Ridala_vallavalitsus, lk 8
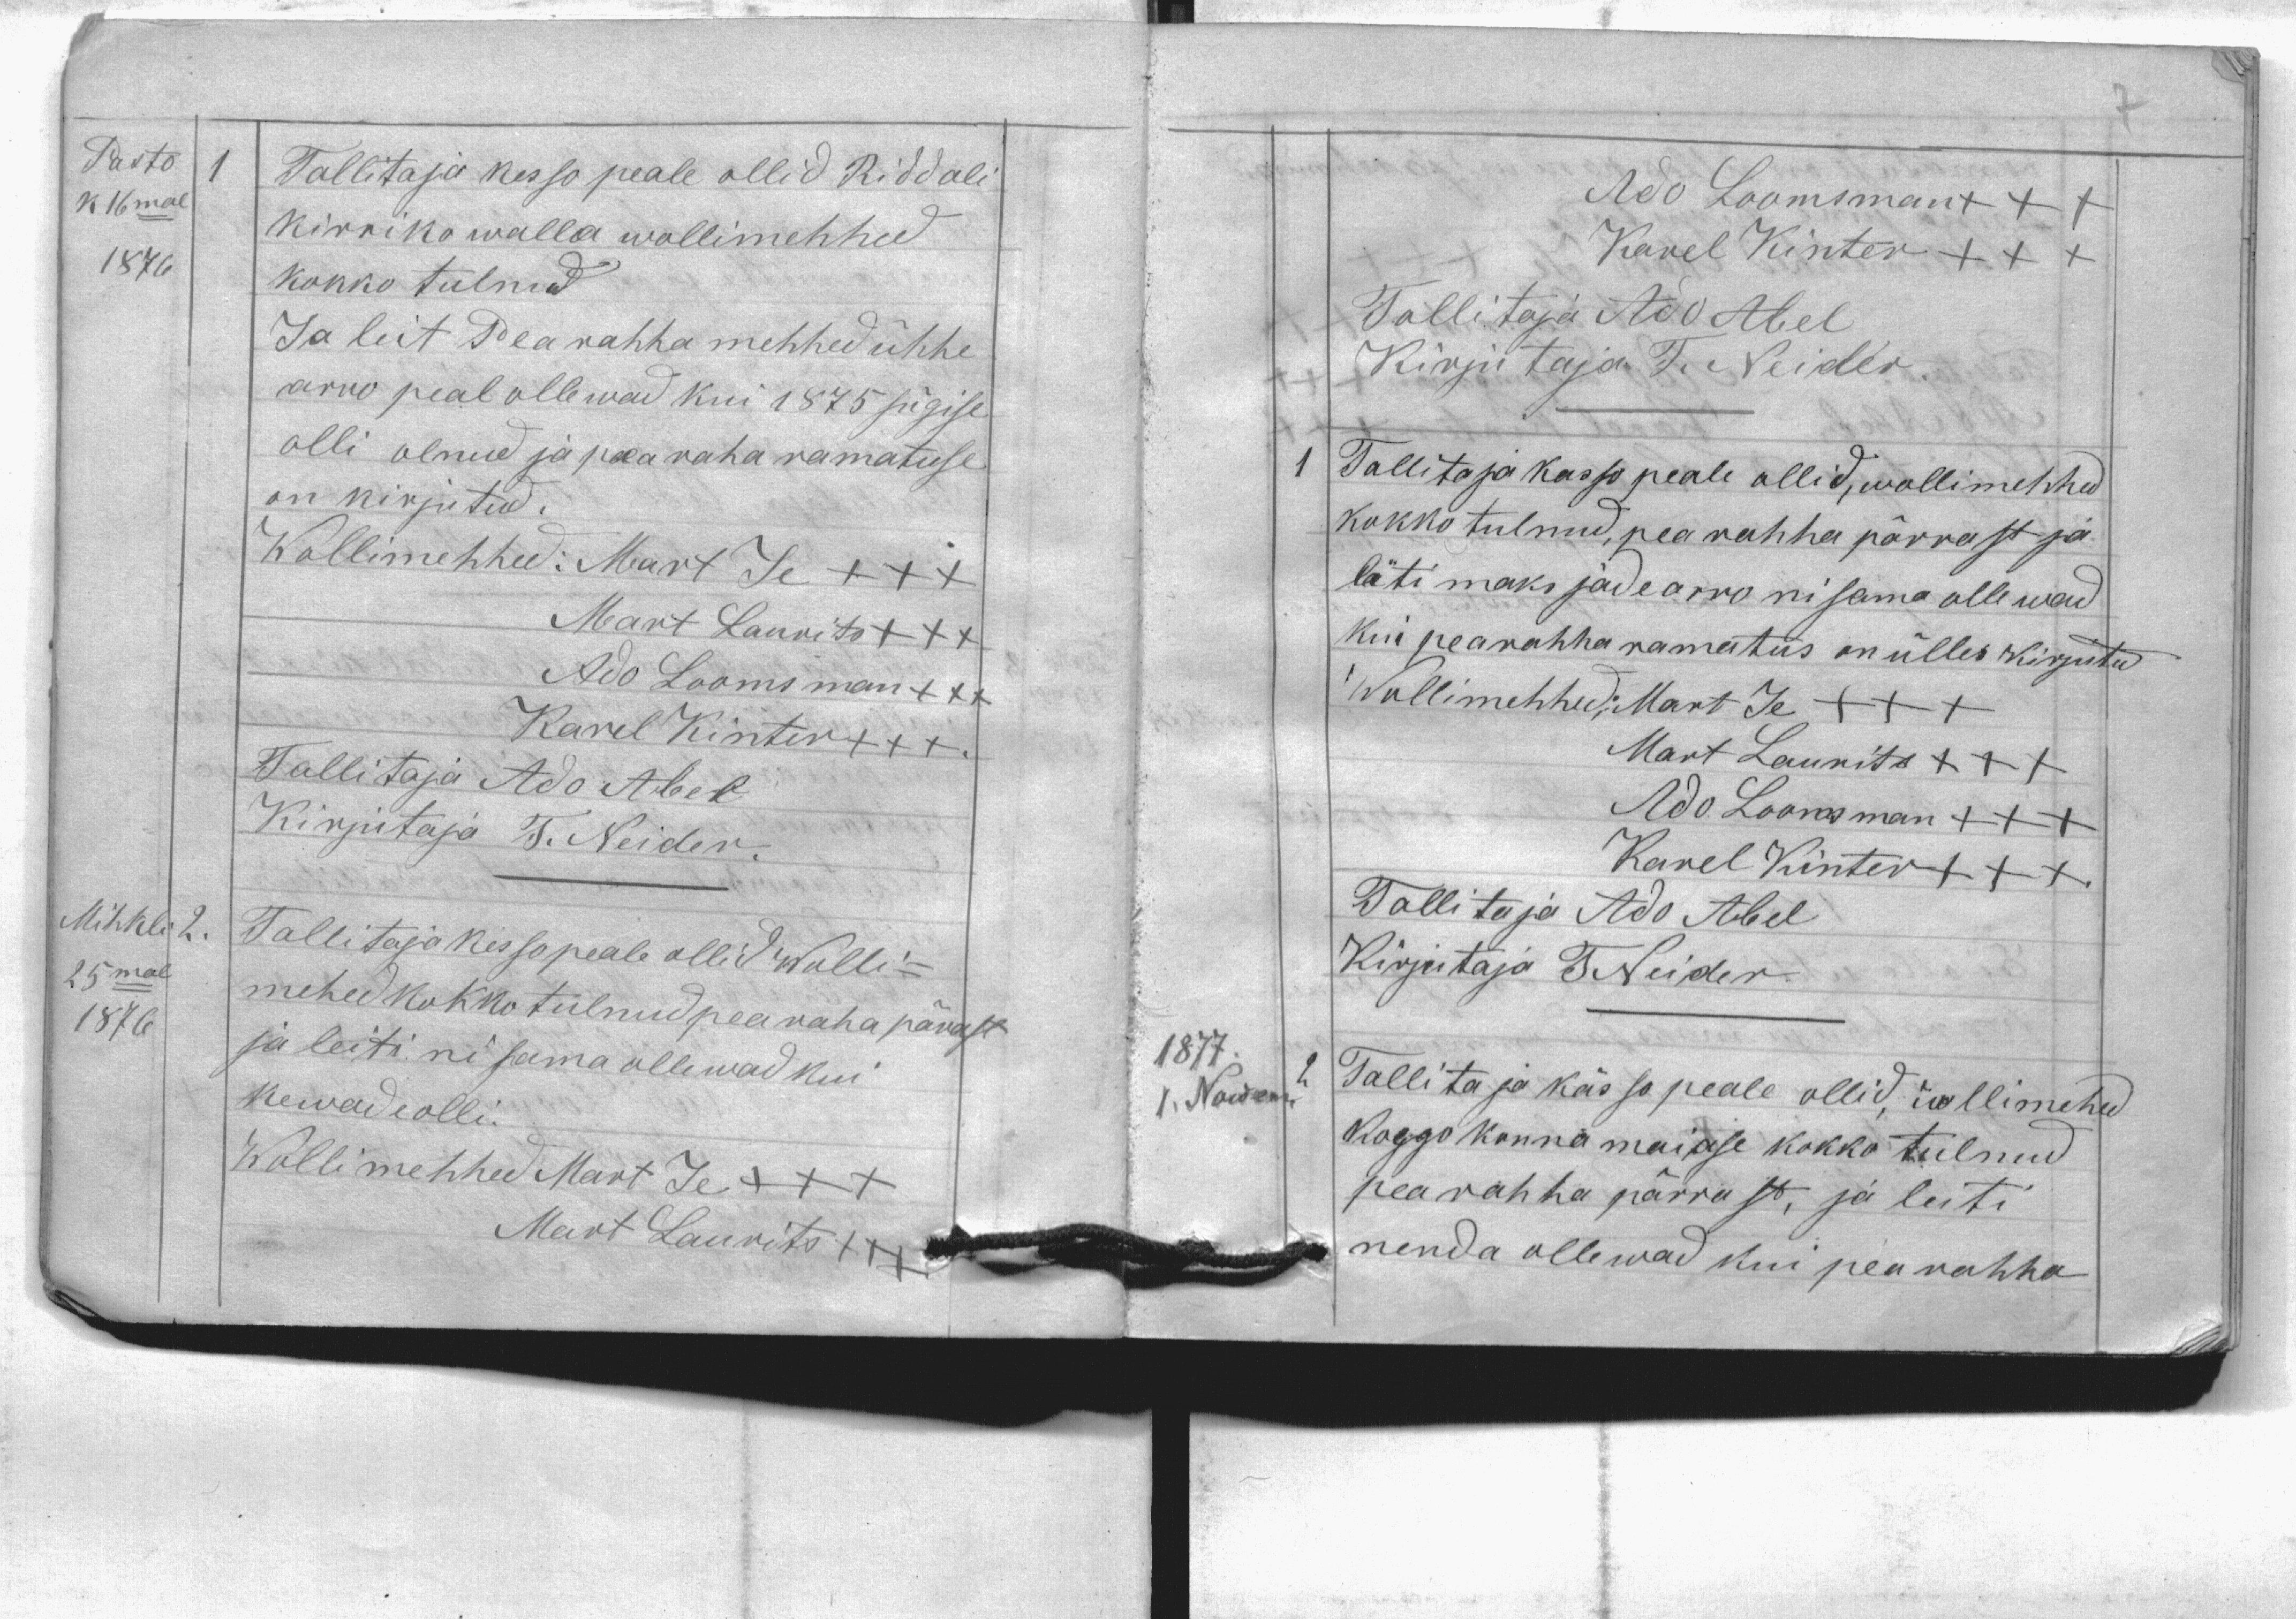
Pasto
Tallitaja kesso peale ollid Riddali
1
k 16mal
kirriko walla wollimehhed
1876
kokko tulnud
Ja leit Pearahha mehhed õõhe
arro peal ollewad kui 1875 sügise
olli olnud ja pea raha ramatuse
on kirjutud.
Wollimehhed: Mart Je +++
Mart Laurits +++
Ado Loomsman +++
Karel Kinter +++
Tallitaja Ado Abel
Kirjutaja T. Neider.
Mihkli
2. Tallitaja kesso peale ollid Wolli-
25mal
mehed kokko tulnud pea raja pärast
1876
ja leiti nisama ollewad kui
kewade olli.
Wollimehhed Mart Je +++
Mart Laurits +++

1877
1. Nowem.
Ado Loomsman +++
Karel Kinter +++
Tallitaja Ado Abel
Kirjutaja T. Neider
1 Tallitaja kasso peale ollid, wollimehhed
kokko tulnud, pea rahha pärrast ja
läti maksjade arro nisama ollewad
kui pearahha ramatus on ülles kirjutud
Wollimehhed: Mart Je +++
Mart Laurits +++
Ado Loomsman +++
Karel Kinter +++
Tallitaja Ado Abel
Kirjutaja T. Neider
2
Tallitaja kässo peale ollid, wollimehed
koggokonna maiase kokko tulnud
pearahha pärrast, ja leiti
nenda ollewad kui pea rahha